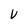
Character: V